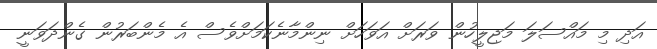
އަދި މި މައްސަލަ މަޖިލީހުން ވަރަށް އަވަހަށް ނިންމާނެކަމަށްވެސް އެ މެންބަރުން ގެންދަވަނީ